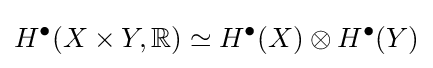
H^{\bullet }(X\times Y,\mathbb {R} )\simeq H^{\bullet }(X)\otimes H^{\bullet }(Y)